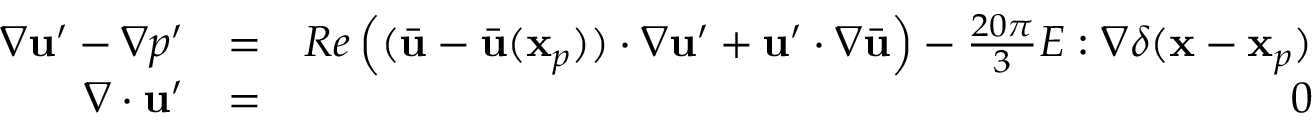
\begin{array} { r l r } { \nabla \mathbf { u } ^ { \prime } - \nabla p ^ { \prime } } & { = } & { R e \left( ( \bar { \mathbf { u } } - \bar { \mathbf { u } } ( \mathbf { x } _ { p } ) ) \cdot \nabla \mathbf { u } ^ { \prime } + \mathbf { u } ^ { \prime } \cdot \nabla \bar { \mathbf { u } } \right) - \frac { 2 0 \pi } { 3 } E : \nabla \delta ( \mathbf { x } - \mathbf { x } _ { p } ) } \\ { \nabla \cdot \mathbf { u } ^ { \prime } } & { = } & { 0 } \end{array}